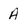
Character: A